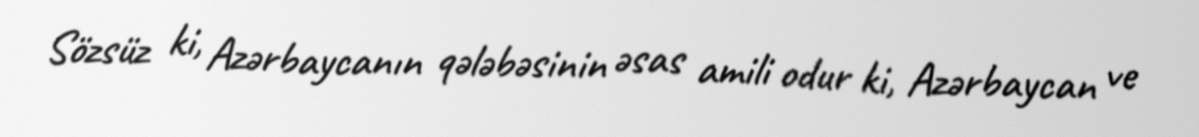
Sözsüz ki, Azərbaycanın qələbəsinin əsas amili odur ki, Azərbaycan ve